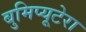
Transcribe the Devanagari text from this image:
बुमिप्यूटेरा